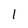
Character: 1